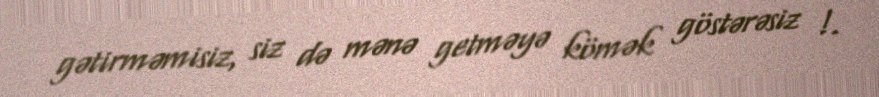
gətirməmisiz, siz də mənə getməyə kömək göstərəsiz !.